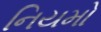
નિયમો